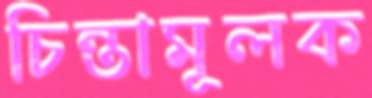
চিন্তামূলক